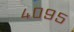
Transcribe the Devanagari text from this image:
४०९५